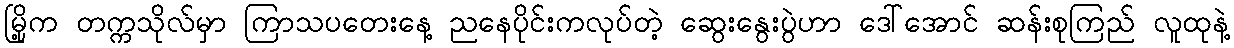
မြို့က တက္ကသိုလ်မှာ ကြာသပတေးနေ့ ညနေပိုင်းကလုပ်တဲ့ ဆွေးနွေးပွဲဟာ ဒေါ်အောင် ဆန်းစုကြည် လူထုနဲ့